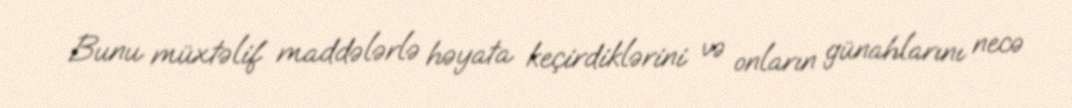
Bunu müxtəlif maddələrlə həyata keçirdiklərini və onların günahlarını necə